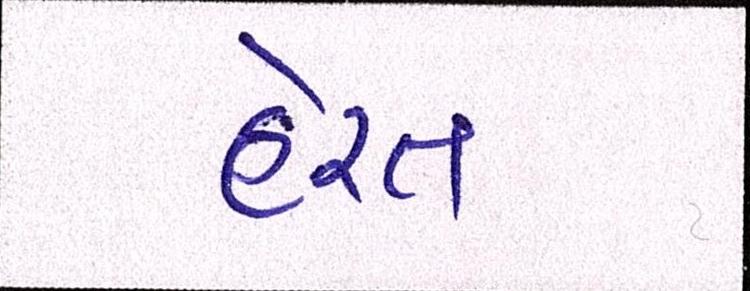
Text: હેરત